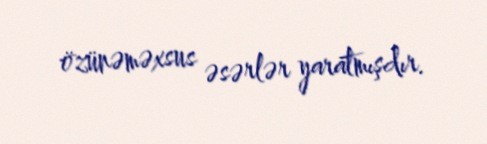
özünəməxsus əsərlər yaratmışdır.